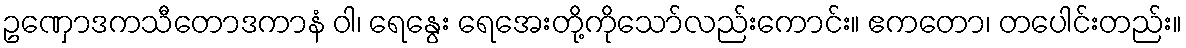
ဥဏှောဒကသီတောဒကာနံ ဝါ၊ ရေနွေး ရေအေးတို့ကိုသော်လည်းကောင်း။ ဧကတော၊ တပေါင်းတည်း။